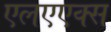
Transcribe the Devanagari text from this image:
एलएएक्स